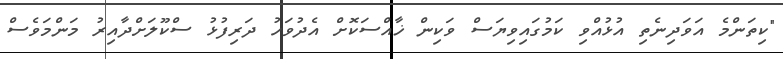
"ކިތަންމެ އަވަދިނެތި އުޅުއްވި ކަމުގައިވިޔަސް ވަކިން ޚާއްސަކޮށް އެދުވަހު ދަރިފުޅު ސްކޫލަށްދާއިރު މަންމަވެސް